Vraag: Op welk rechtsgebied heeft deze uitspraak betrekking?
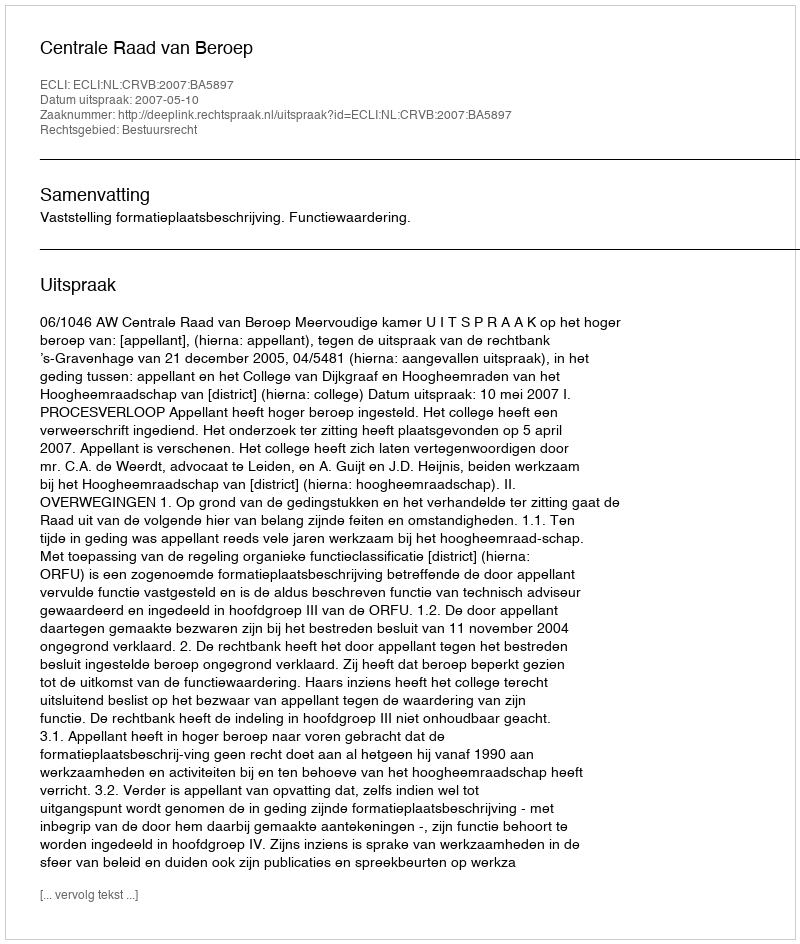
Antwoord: Bestuursrecht